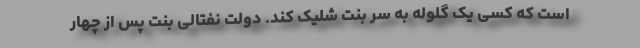
است که کسی یک گلوله به سر بنت شلیک کند. دولت نفتالی بنت پس از چهار